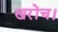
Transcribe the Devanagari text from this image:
खरोंच।